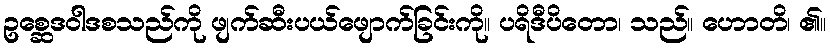
ဥစ္ဆေဒဝါဒစသည်ကို ဖျက်ဆီးပယ်ဖျောက်ခြင်းကို။ ပရိဒီပိတော၊ သည်။ ဟောတိ၊ ၏။